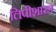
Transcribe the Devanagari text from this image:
लिपीशास्त्र